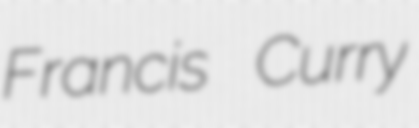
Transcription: Francis Curry